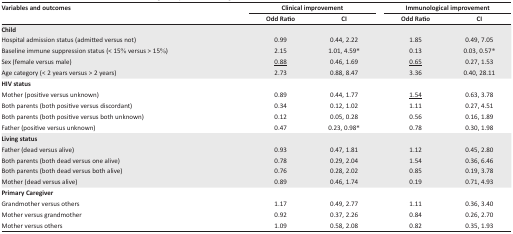
| Variables and outcomes | <COLSPAN=2> Clinical improvement | <COLSPAN=2> Immunological improvement |
 |  | Odd Ratio | CI | Odd Ratio | CI |
 | --- | --- | --- | --- | --- |
 | Child |  |  |  |  |
 | Hospital admission status (admitted versus not) | 0.99 | 0.44, 2.22 | 1.85 | 0.49, 7.05 |
 | Baseline immune suppression status (< 15% versus > 15%) | 2.15 | 1.01, 4.59* | 0.13 | 0.03, 0.57* |
 | Sex (female versus male) | <underline>0.88</underline> | 0.46, 1.69 | <underline>0.65</underline> | 0.27, 1.53 |
 | Age category (< 2 years versus > 2 years) | 2.73 | 0.88, 8.47 | 3.36 | 0.40, 28.11 |
 | HIV status |  |  |  |  |
 | Mother (positive versus unknown) | 0.89 | 0.44, 1.77 | <underline>1.54</underline> | 0.63, 3.78 |
 | Both parents (both positive versus discordant) | 0.34 | 0.12, 1.02 | 1.11 | 0.27, 4.51 |
 | Both parents (both positive versus both unknown) | 0.12 | 0.05, 0.28 | 0.56 | 0.16, 1.89 |
 | Father (positive versus unknown) | 0.47 | 0.23, 0.98* | 0.78 | 0.30, 1.98 |
 | Living status |  |  |  |  |
 | Father (dead versus alive) | 0.93 | 0.47, 1.81 | 1.12 | 0.45, 2.80 |
 | Both parents (both dead versus one alive) | 0.78 | 0.29, 2.04 | 1.54 | 0.36, 6.46 |
 | Both parents (both dead versus both alive) | 0.76 | 0.28, 2.02 | 0.85 | 0.19, 3.78 |
 | Mother (dead versus alive) | 0.89 | 0.46, 1.74 | 0.19 | 0.71, 4.93 |
 | Primary Caregiver |  |  |  |  |
 | Grandmother versus others | 1.17 | 0.49, 2.77 | 1.11 | 0.36, 3.40 |
 | Mother versus grandmother | 0.92 | 0.37, 2.26 | 0.84 | 0.26, 2.70 |
 | Mother versus others | 1.09 | 0.58, 2.08 | 0.82 | 0.35, 1.93 |